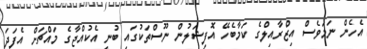
އެހެން ނަމަވެސް އިޒްރާއިލްގެ ކަމާބެހޭ އޮފިޝަލުން ނޫސްތަކުގައި ބުނީ އެކުއްޖާގެ މައްޗަށް އެފަދަ